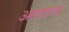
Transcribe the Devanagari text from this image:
अलाताऊ